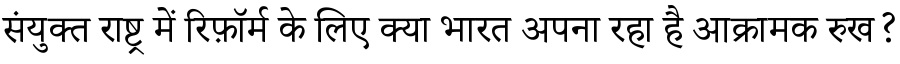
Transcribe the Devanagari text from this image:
संयुक्त राष्ट्र में रिफ़ॉर्म के लिए क्या भारत अपना रहा है आक्रामक रुख?